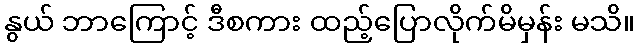
နွယ် ဘာကြောင့် ဒီစကား ထည့်ပြောလိုက်မိမှန်း မသိ။